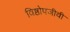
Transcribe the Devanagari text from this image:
विष्ठोपजीवी